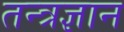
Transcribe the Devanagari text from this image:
तन्त्रज्ञान